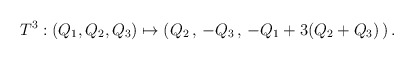
\begin{align*}T^3 : (Q_1,Q_2, Q_3) \mapsto (Q_2\,,\, -Q_3\, ,\, -Q_1 + 3 (Q_2 + Q_3)\, ) \,.\end{align*}